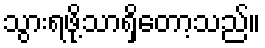
သွားရဖို့သာရှိတော့သည်။